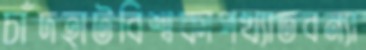
চাঁদহাটবিশ্বকাপখ্যাতবন্যা